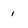
Character: i